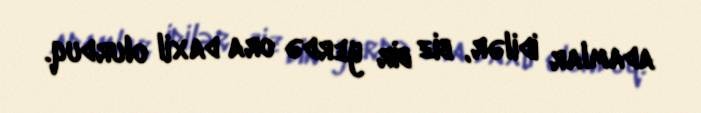
adamlar idilər, biz bir yerdə ora daxil olurduq.